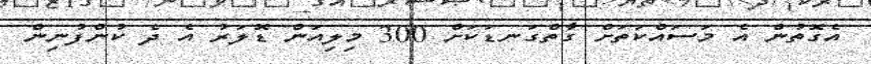
އެގޮތުން އެ މަސައްކަތަށް ގާތްގަނޑަކަށް 300 މިލިއަން ޑޮލަރު އެ ދެ ކުންފުނިން